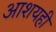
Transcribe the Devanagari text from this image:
आशयही